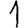
Digit: 1